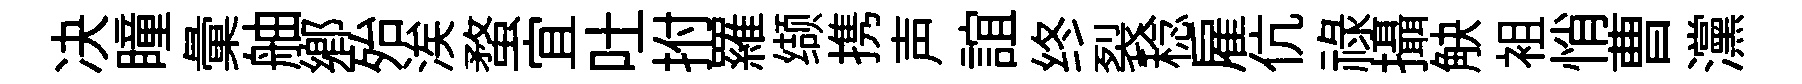
决瞳彙舳郷殆涘蝥宜吐拊羅缬携声誼终裂稔雇伉禄攝觖袓悄曹灙